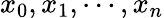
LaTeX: x_{0},x_{1},\cdots,x_{n}